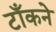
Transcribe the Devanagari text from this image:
टाँकने